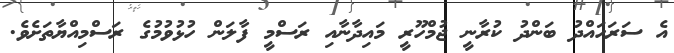
އެ ސަރަހައްދު ބަންދު ކުރާނީ ޖުމްހޫރީ މައިދާނާއި ރަސްމީ ފާލަން ހުޅުވުމުގެ ރަސްމިއްޔާތަށެވެ.